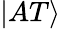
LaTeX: |AT\rangle